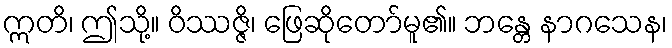
ဣတိ၊ ဤသို့။ ဝိဿဇ္ဇိ၊ ဖြေဆိုတော်မူ၏။ ဘန္တေ နာဂသေန၊